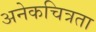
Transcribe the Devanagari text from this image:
अनेकचित्रता